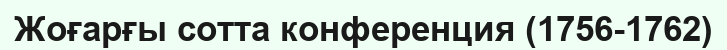
Жоғарғы сотта конференция (1756-1762)